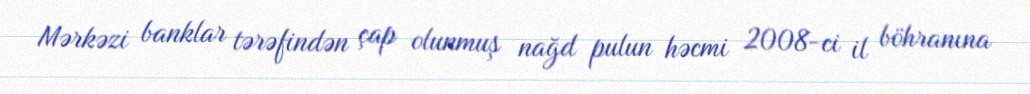
Mərkəzi banklar tərəfindən çap olunmuş nağd pulun həcmi 2008-ci il böhranına